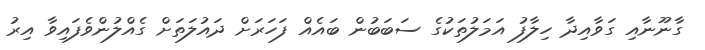
ގާނޫނާއި ގަވާއިދާ ހިލާފު އަމަލުތަކުގެ ސަބަބުން ބައެއް ފަހަރަށް ދައުލަތަށް ގެއްލުންވެފައިވާ އިރު